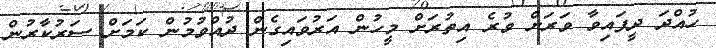
ހުއްދަ ދީފައިވާ ވަރަށް ވުރެ އިތުރަށް މީހުން އަރުވައިގެން ދުއްވުމުން ކަމަށް ސަރުކާރުން